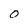
Character: 0